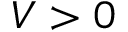
V > 0